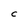
Character: C